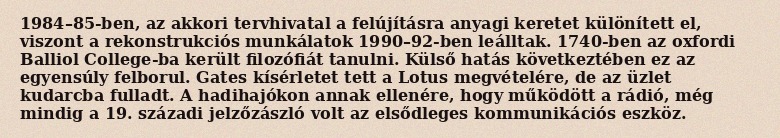
1984–85-ben, az akkori tervhivatal a felújításra anyagi keretet különített el, viszont a rekonstrukciós munkálatok 1990–92-ben leálltak. 1740-ben az oxfordi Balliol College-ba került filozófiát tanulni. Külső hatás következtében ez az egyensúly felborul. Gates kísérletet tett a Lotus megvételére, de az üzlet kudarcba fulladt. A hadihajókon annak ellenére, hogy működött a rádió, még mindig a 19. századi jelzőzászló volt az elsődleges kommunikációs eszköz.